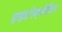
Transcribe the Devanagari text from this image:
हाइडरोक्सीज़िन